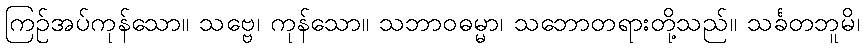
ကြဉ်အပ်ကုန်သော။ သဗ္ဗေ၊ ကုန်သော။ သဘာဝဓမ္မာ၊ သဘောတရားတို့သည်။ သင်္ခတဘူမိ၊